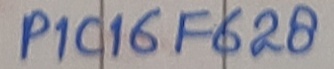
Text: PIC16F628